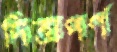
দিত্তাপর্ণ